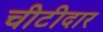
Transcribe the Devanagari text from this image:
चीटीदार